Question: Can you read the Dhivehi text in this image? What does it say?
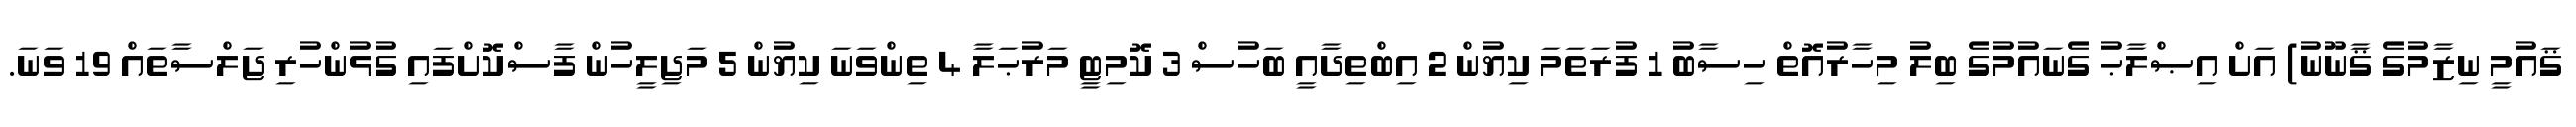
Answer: ޤައުމީ ނިޒާމުގެ ޤާނޫނު) އަށް އިޞްލާޙު ގެނައުމުގެ ބިލު މިހާރުއޮތް ހިސާބު 1 ފުރަތަމަ ކިޔުން 2 އިބްތިދާއީ ބަހުސް 3 ކޮމިޓީ މަރުޙަލާ 4 ތިންވަނަ ކިޔުން 5 މަޖިލީހުން ފާސްކޮށްފައި ގުޅުންހުރި ޖަލްސާތައް 19 ވަނަ.